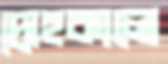
দ্রোহকালে